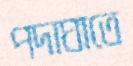
পদাঘাতে